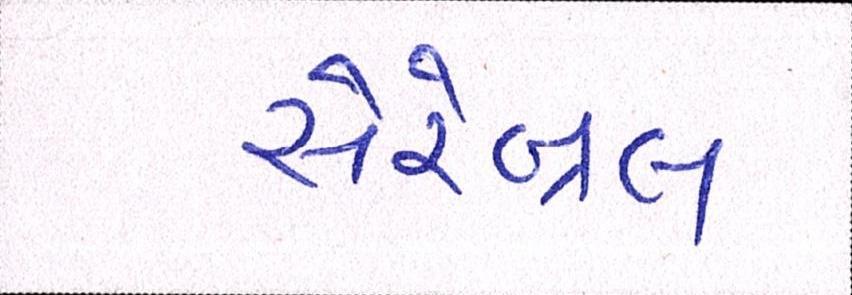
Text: સેરેબ્રલ